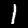
Digit: 1